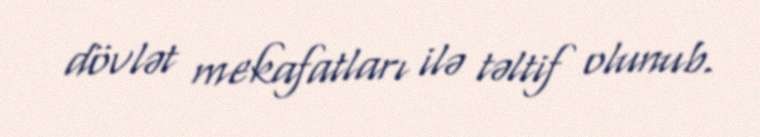
dövlət mekafatları ilə təltif olunub.